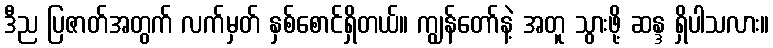
ဒီည ပြဇာတ်အတွက် လက်မှတ် နှစ်စောင်ရှိတယ်။ ကျွန်တော်နဲ့ အတူ သွားဖို့ ဆန္ဒ ရှိပါသလား။